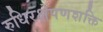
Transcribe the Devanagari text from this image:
रुधिरक्षेपणशक्ति